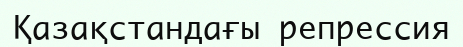
Қазақстандағы репрессия